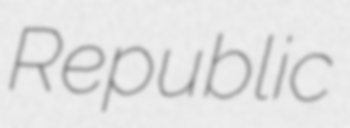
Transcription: Republic